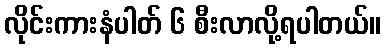
လိုင်းကားနံပါတ် ၆ စီးလာလို့ရပါတယ်။